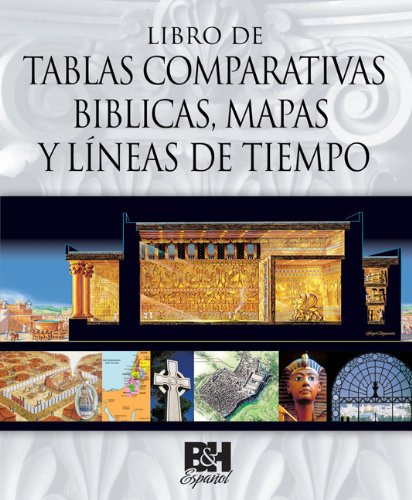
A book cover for Libro de Tablas Comparativas Biblicas, Mapas y LÃ­neas de Tiempo (Spanish Edition); B&H EspaÃ±ol Editorial Staff; Christian Books & Bibles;